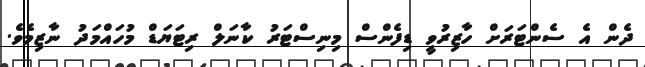
ދެން އެ ސެންޓަރަށް ހާޒިރުވީ ޑިފެންސް މިނިސްޓަރު ކާނަލް ރިޓަޔަޑް މުހައްމަދު ނާޒިމެވެ.